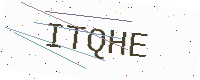
Text: ITQHE